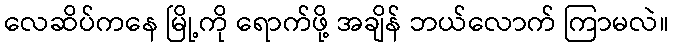
လေဆိပ်ကနေ မြို့ကို ရောက်ဖို့ အချိန် ဘယ်လောက် ကြာမလဲ။